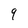
Character: 9